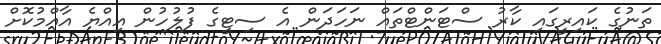
ތަނުގެ ކައިރީގައި ކާރު ސްޓަންޓްތައް ނަހަދަން އެ ސިޓީގެ ފުލުހުން އިއްޔެ އާއްމުކޮށް